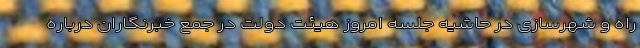
راه و شهرسازی در حاشیه جلسه امروز هیئت دولت در جمع خبرنگاران درباره